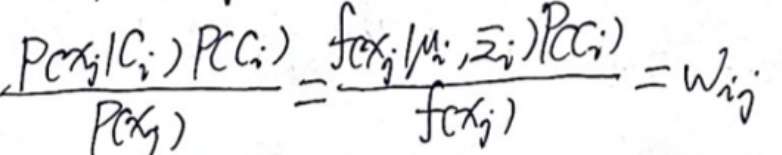
\[
\frac{P(x_j|C_i)P(C_i)}{P(x_j)} = \frac{f(x_j|\mu_i, \Sigma_i)P(C_i)}{f(x_j)} = w_{ij}
\]